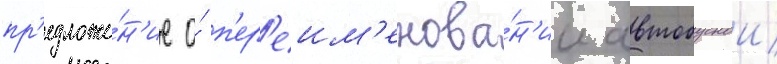
пр'едложе́н'ие о́ п'ер'еим'енова́н'ии автобуснои